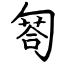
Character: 匒